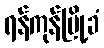
ရန်ကုန်မြို့ခံ